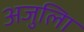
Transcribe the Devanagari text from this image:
अजुलिा